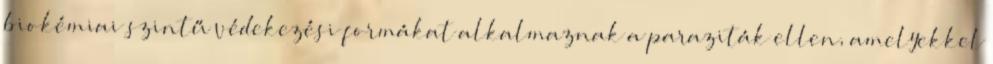
biokémiai szintű védekezési formákat alkalmaznak a paraziták ellen, amelyekkel